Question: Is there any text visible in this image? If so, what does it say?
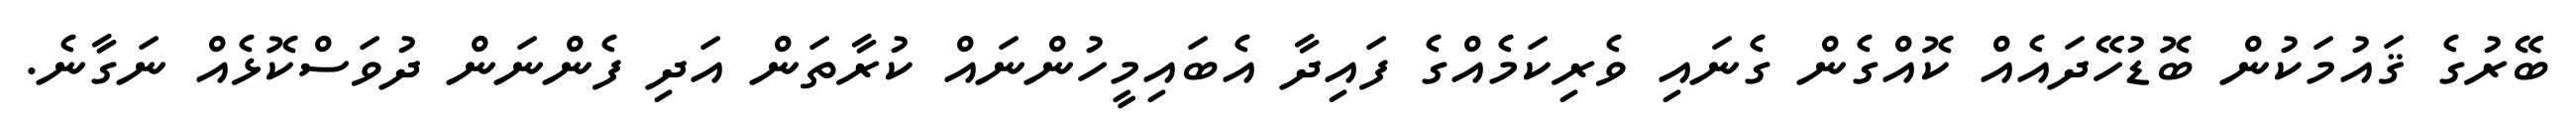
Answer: ބޭރުގެ ޤައުމަކުން ބޮޑުހޭދައެއް ކޮއްގެން ގެނައި ވެރިކަމެއްގެ ފައިދާ އެބައިމީހުންނައް ކުރާތަން އަދި ފެންނަން ދުވަސްކޮޅެއް ނަގާނެ.